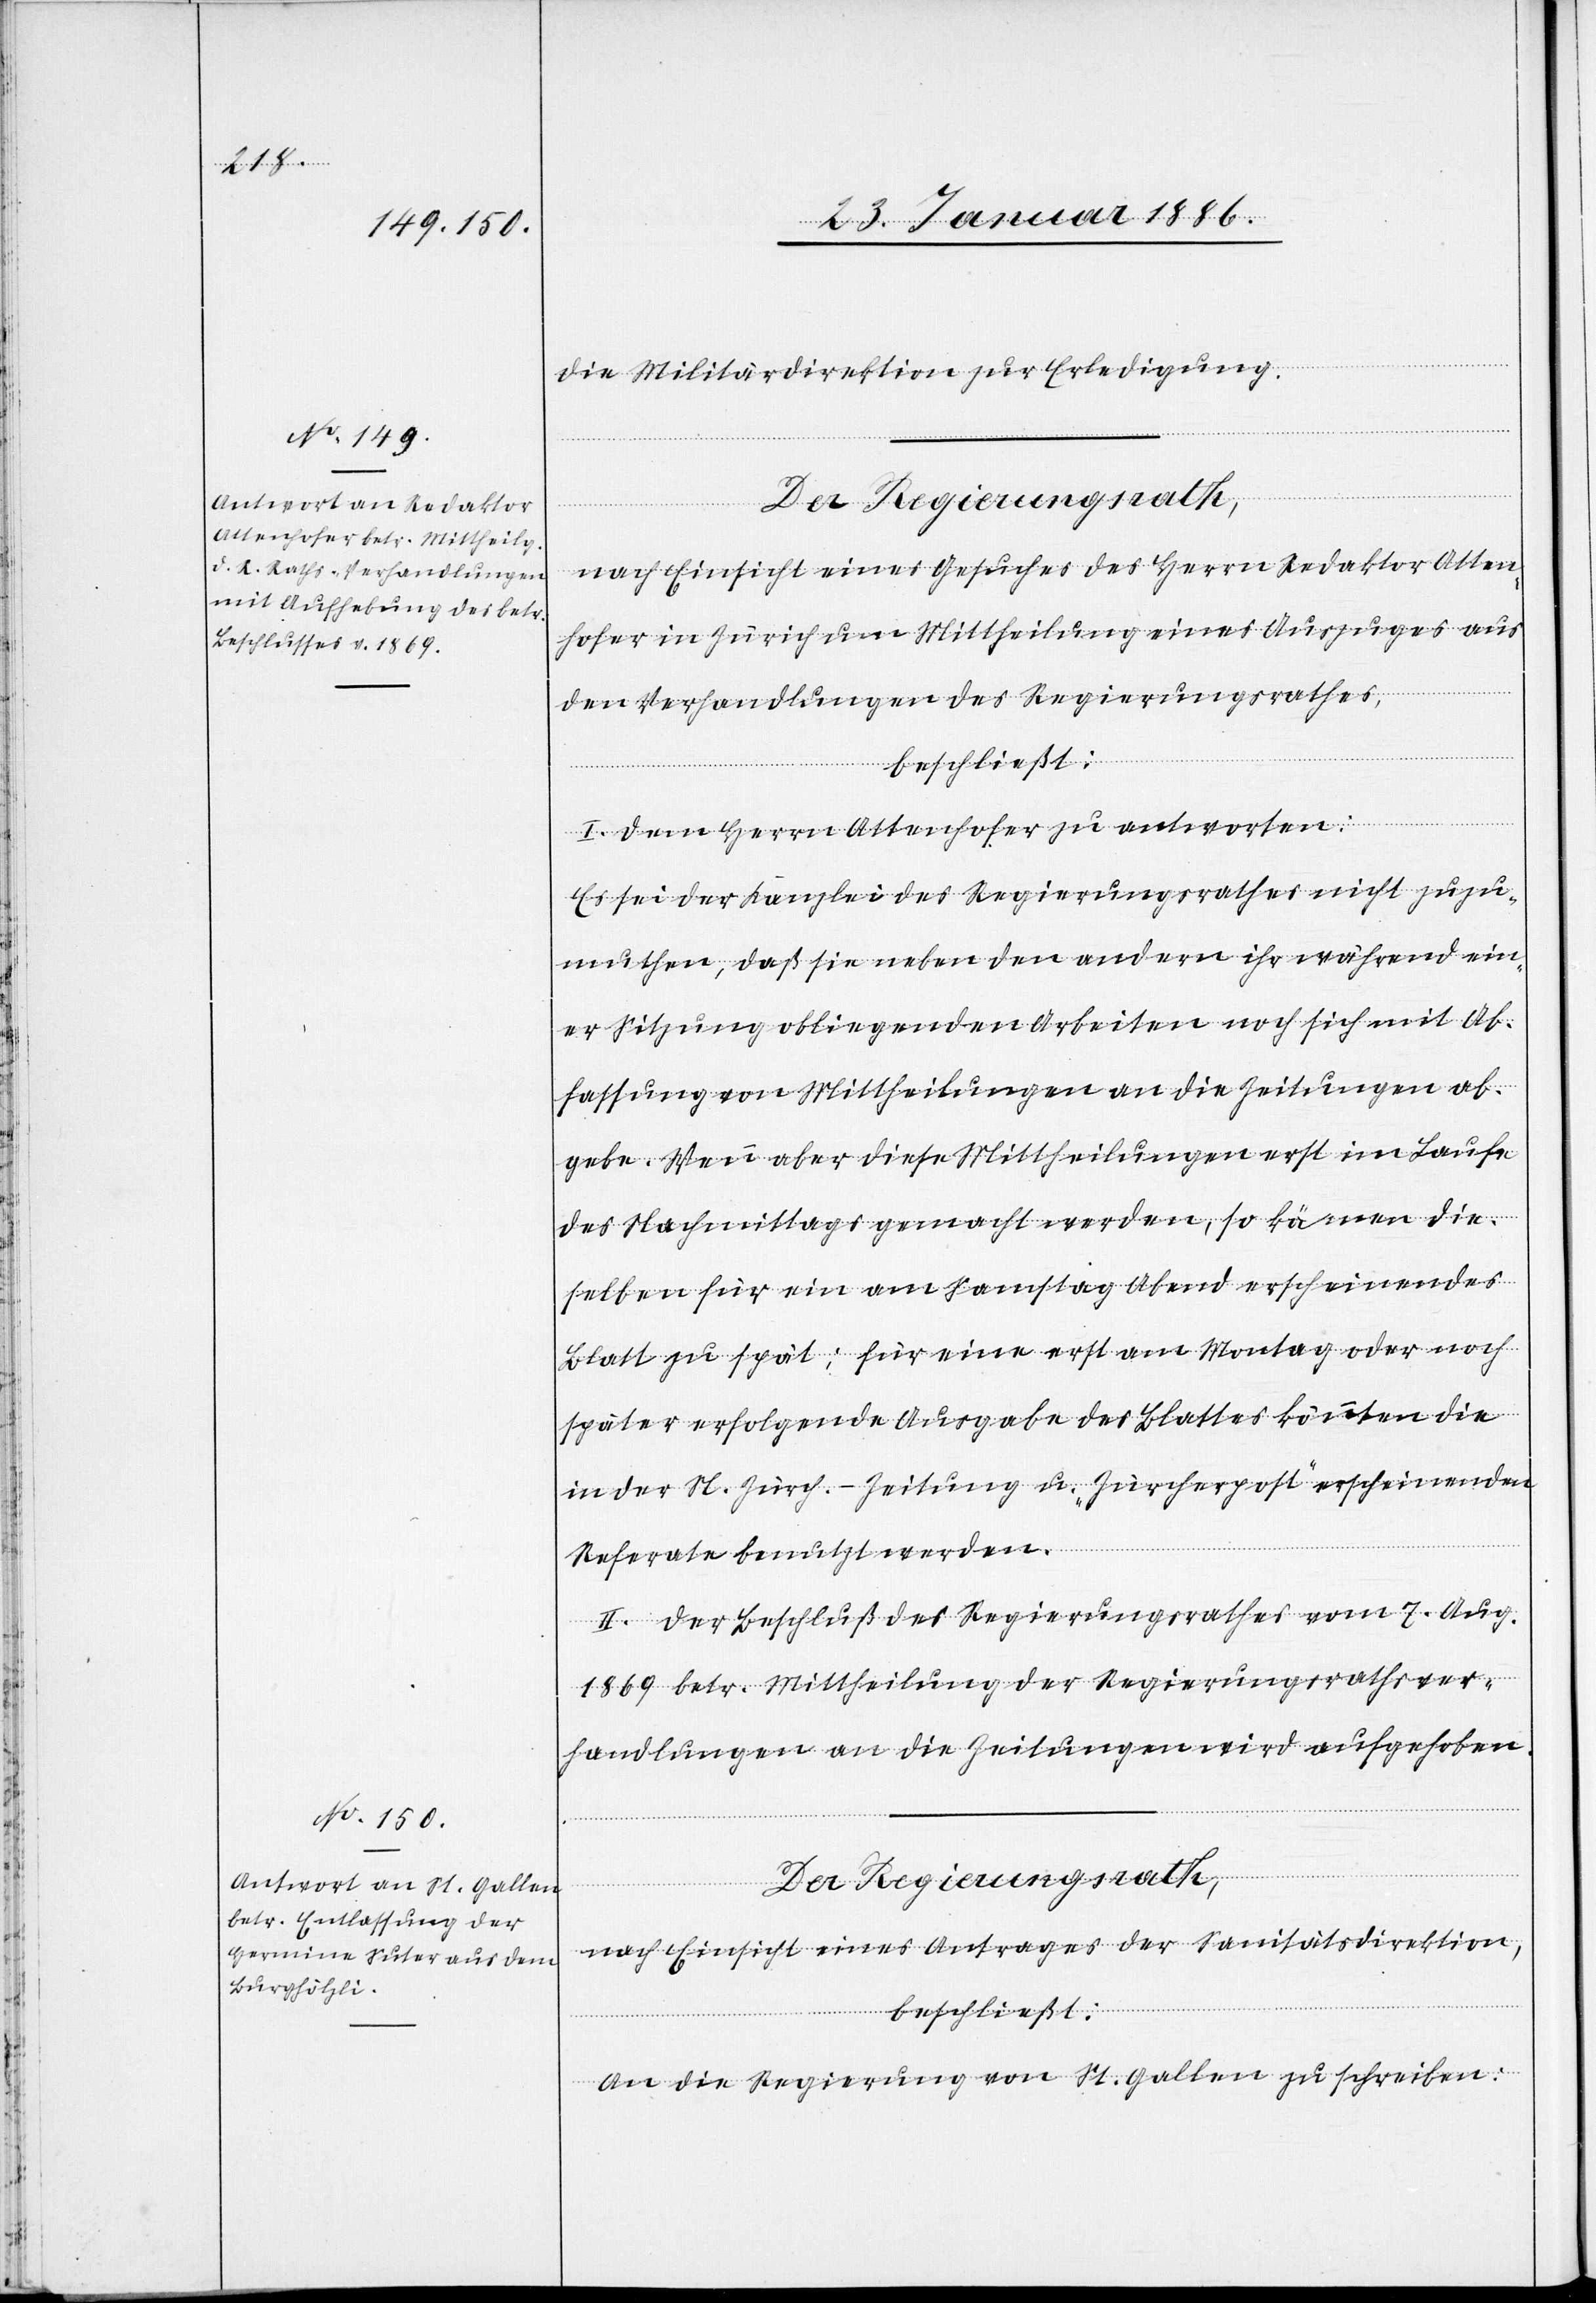
die Militärdirektion zur Erledigung.
Der Regierungsrath,
nach Einsicht eines Gesuches des Herrn Redaktor Allen¬
hofer in Zürich um Mittheilung eines Auszuges aus
den Verhandlungen des Regierungsrathes,
beschließt:
I. Dem Herrn Allenhofer zu antworten:
Es sei der Kanzlei des Regierungsrathes nicht zuzu¬
muthen, daß sie neben den andern ihr während ein¬
er Sitzung obliegenden Arbeiten noch sich mit Ab¬
fassung von Mittheilungen an die Zeitungen ab¬
gebe. Wenn aber diese Mittheilungen erst im Laufe
des Nachmittags gemacht werden, so kämen die¬
selben für ein am Samstag Abend erscheinendes
Blatt zu spät; für eine erst am Montag oder noch
später erfolgende Ausgabe des Blattes könnten die
in der St. Zürich.-Zeitung u. „Zürcherpost“ erscheinende
Referate benutzt werden.
II. Der Beschluß des Regierungsrathes vom 7. Aug.
1869 betr. Mittheilung der Regierungsrathsver¬
handlungen an die Zeitungen wird aufgehoben.
Der Regierungsrath,
nach Einsicht eines Antrages der Sanitätsdirektion,
beschließt:
An die Regierung von St. Gallen zu schreiben: